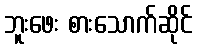
ဘူးဖေး စားသောက်ဆိုင်